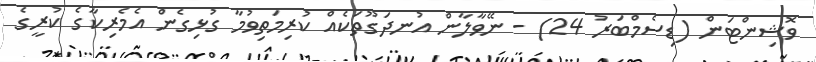
ވޮޝިންޓަން (ޑިސެމްބަރު 24) - ނޭވާލާން އުނދަގޫތަކެއް ކުރިމަތިވުމާ ގުޅިގެން އެމެރިކާގެ ކުރީގެ